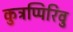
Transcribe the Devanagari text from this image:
कुत्रप्पिरिवु